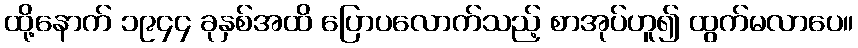
ထို့နောက် ၁၉၄၄ ခုနှစ်အထိ ပြောပလောက်သည့် စာအုပ်ဟူ၍ ထွက်မလာပေ။